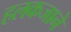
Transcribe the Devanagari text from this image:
हलकजाने